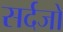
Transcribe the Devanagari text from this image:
सर्दजो